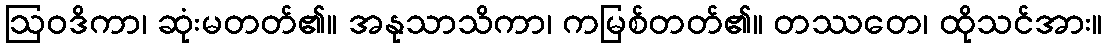
ဩဝဒိကာ၊ ဆုံးမတတ်၏။ အနုသာသိကာ၊ ကမြစ်တတ်၏။ တဿတေ၊ ထိုသင်အား။